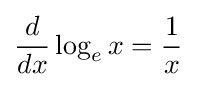
{\frac {d}{dx}}\log _{e}x={\frac {1}{x}}